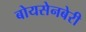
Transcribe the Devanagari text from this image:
बोयसेनबेरी